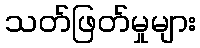
သတ်ဖြတ်မှုများ